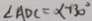
\angle A D C = \alpha + 3 0 ^ { \circ }